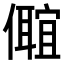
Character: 𠐅